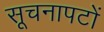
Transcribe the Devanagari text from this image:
सूचनापटों